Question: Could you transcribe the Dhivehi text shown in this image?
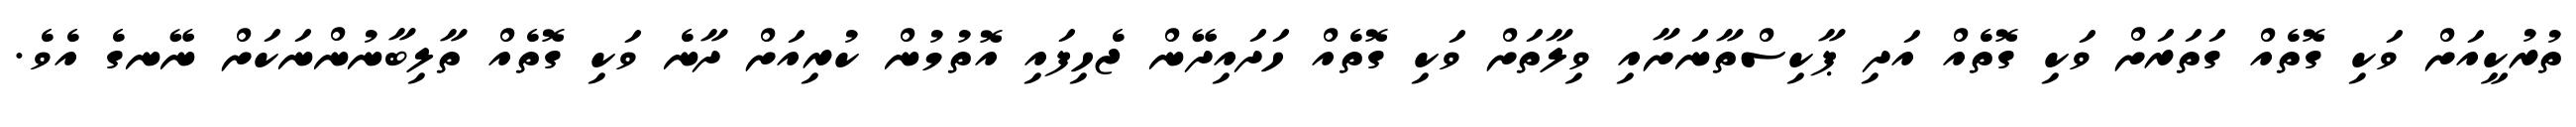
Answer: ތުރުކީއަށް ވަކި ގޮތެއް ގަތަރަށް ވަކި ގޮތެއް އަދި ޕާކިސްތާނަށާއި ވިލާތަށް ވަކި ގޮތެއް ހަދައިދޭން ޖެހިފައި އޮތުމުން ކުރިއަށް ދާނެ ވަކި ގޮތެއް ތާލިބާނުންނަކަށް ނޭނގެ އެވެ.